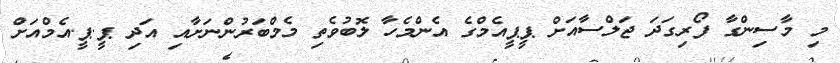
މި މާސިންގާ ފޯރިގަދަ ޖަލްސާއަށް ޕީޕީއެމްގެ އެންމެހާ ލޮބުވެތި މެމްބަރުންނަށާއި އަދި ޕީ.ޕީ.އެމްއަށް